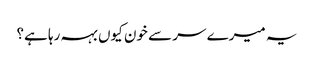
یہ میرے سر سے خون کیوں بہہ رہا ہے؟